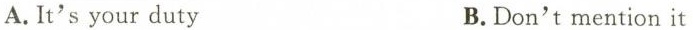
A.It's your duty B.Don't mention it